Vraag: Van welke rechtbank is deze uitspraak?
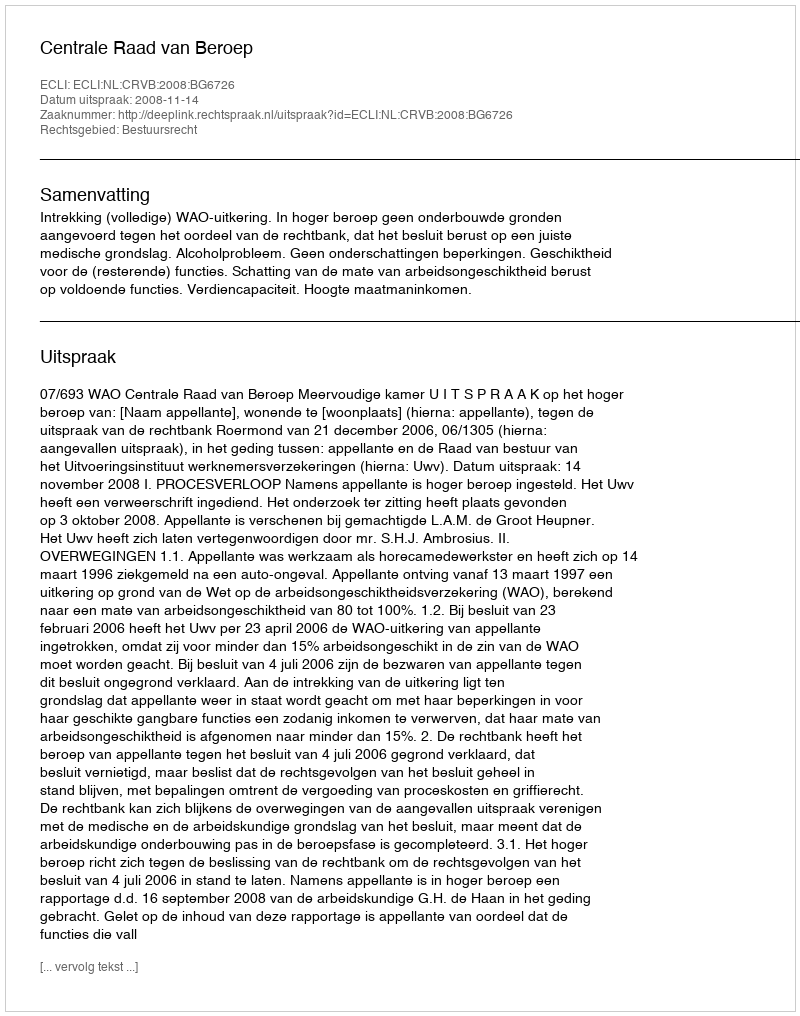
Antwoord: Centrale Raad van Beroep